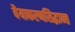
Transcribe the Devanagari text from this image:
वैयाकरणसिद्धान्त